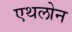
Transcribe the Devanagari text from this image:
एथलोन